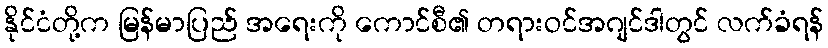
နိုင်ငံတို့က မြန်မာပြည် အရေးကို ကောင်စီ၏ တရားဝင်အဂျင်ဒါတွင် လက်ခံရန်